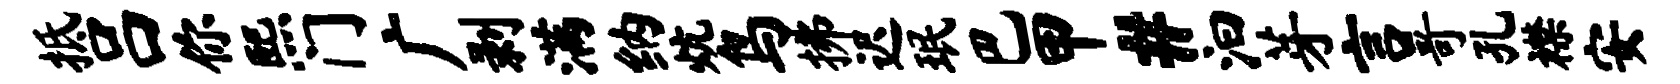
抵吕你熙门广剥满纳炕鸟拂迟珉巴甲#汩芽言哥孔襟安